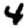
Digit: 4